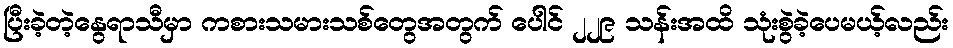
ပြီးခဲ့တဲ့နွေရာသီမှာ ကစားသမားသစ်တွေအတွက် ပေါင် ၂၂၉ သန်းအထိ သုံးစွဲခဲ့ပေမယ့်လည်း